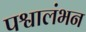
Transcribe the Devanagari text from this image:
पश्वालंभन